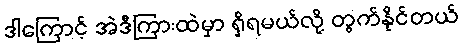
ဒါကြောင့် အဲဒီကြားထဲမှာ ရှိရမယ်လို့ တွက်နိုင်တယ်